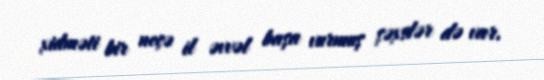
xidməti bir neçə il əvvəl başa vurmuş şəxslər də var.